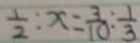
\frac { 1 } { 2 } : x = \frac { 3 } { 1 0 } : \frac { 1 } { 3 }